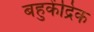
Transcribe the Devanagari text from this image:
बहुकेंद्रिक